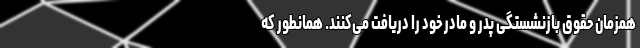
همزمان حقوق بازنشستگی پدر و مادر خود را دریافت می‌کنند. همانطور که